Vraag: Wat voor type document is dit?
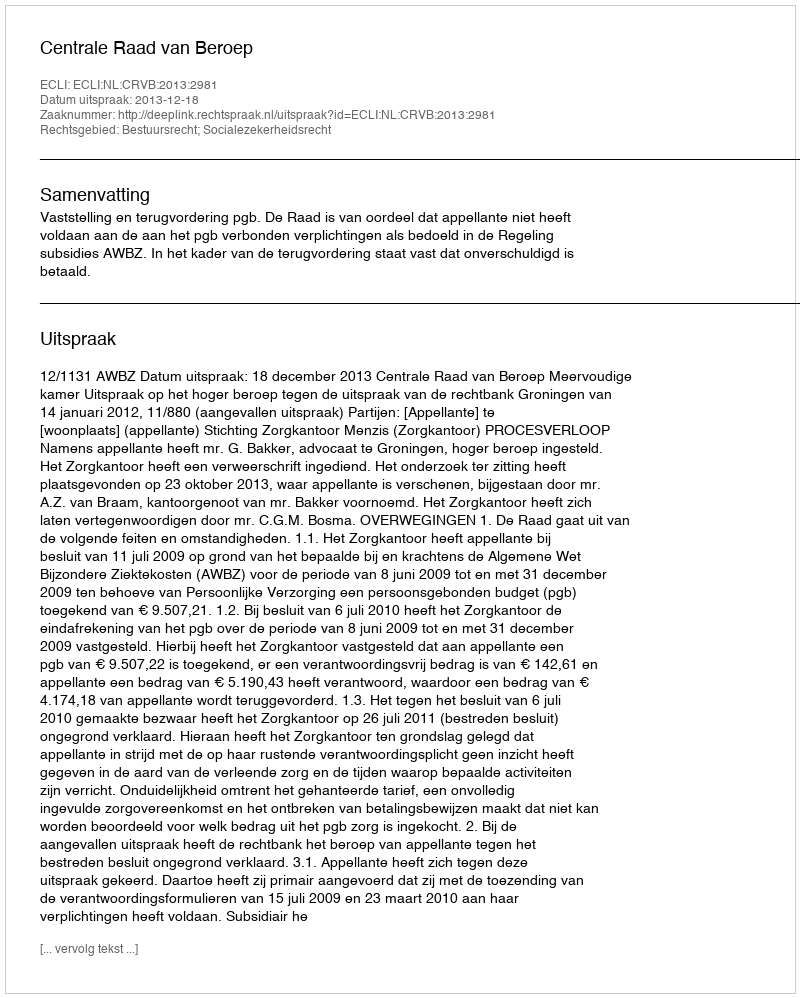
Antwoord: Uitspraak